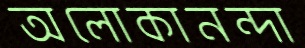
অলোকানন্দা